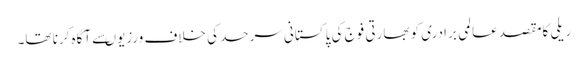
ریلی کامقصد عالمی برادری کو بھارتی فوج کی پاکستانی سرحد کی خلاف ورزیوںسے آگاہ کرنا تھا۔